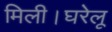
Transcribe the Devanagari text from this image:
मिली।घरेलू